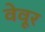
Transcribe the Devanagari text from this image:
वेवूर